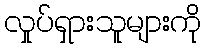
လှုပ်ရှားသူများကို